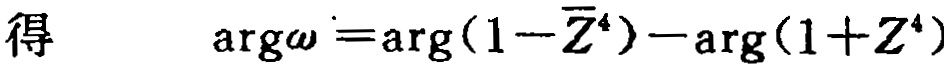
得 \(\text{arg}\omega =\text{arg}(1 - \overline{Z}^{4})-\text{arg}(1 + Z^{4})\)